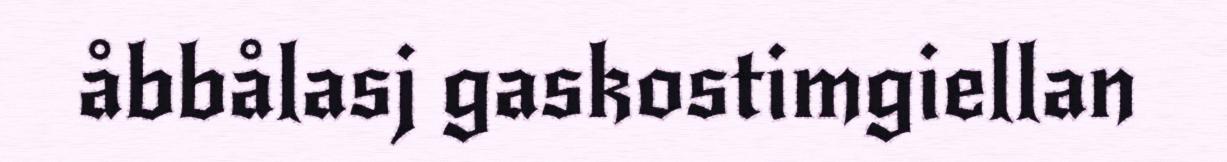
åbbålasj gaskostimgiellan